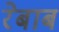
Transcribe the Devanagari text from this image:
रेबाब